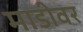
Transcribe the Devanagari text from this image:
माडीवर